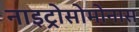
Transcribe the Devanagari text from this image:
नाइट्रोसोमोनास